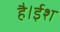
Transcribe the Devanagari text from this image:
है।ईश